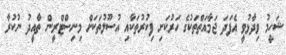
ޝަހީމު ވިދާޅުވީ އެފަދަ ޖަމާއަތްތަކުގެ ހަރުކަށި ފިކުރުތަކާއި އުސޫލުތަކަށް މިނިސްޓްރީން ތާއީދު ނުކުރާ